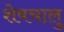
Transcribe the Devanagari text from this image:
शेषचालु